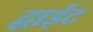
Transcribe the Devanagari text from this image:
द्वाईट